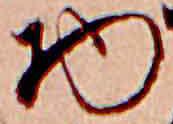
物